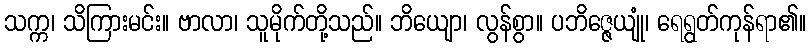
သက္က၊ သိကြားမင်း။ ဗာလာ၊ သူမိုက်တို့သည်။ ဘိယျော၊ လွန်စွာ။ ပဘိဇ္ဇေယျုံ၊ ရေရွတ်ကုန်ရာ၏။